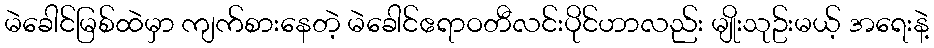
မဲခေါင်မြစ်ထဲမှာ ကျက်စားနေတဲ့ မဲခေါင်ဧရာဝတီလင်းပိုင်ဟာလည်း မျိုးသုဥ်းမယ့် အရေးနဲ့